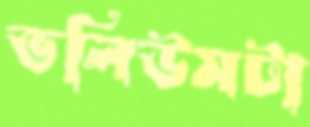
ভলিউমটা